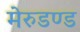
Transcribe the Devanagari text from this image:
मेरुडण्ड